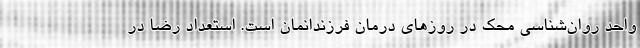
واحد روان‌شناسی محک در روزهای درمان فرزندانمان است. استعداد رضا در